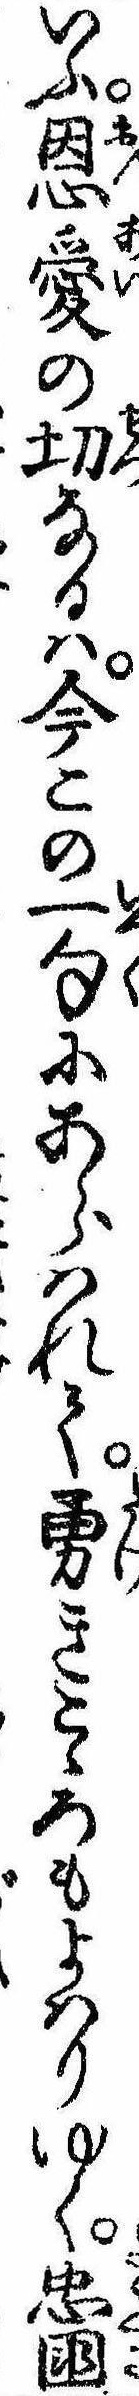
いふ恩愛の切なるは今この一句にあらはれて勇きこゝろもよはりゆく忠国